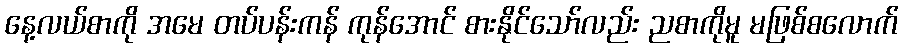
နေ့လယ်စာကို အမေ တပ်ပန်းကန် ကုန်အောင် စားနိုင်သော်လည်း ညစာကိုမူ မဖြစ်စလောက်